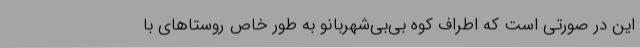
این در صورتی است که اطراف کوه بی‌بی‌شهربانو به‌ طور خاص روستاهای با